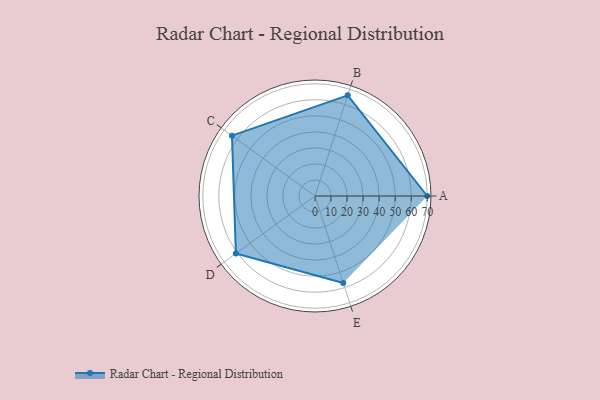
{"axis": {"x": "Skill", "y": "Score"}, "legend": ["Profile"], "data": [{"x": "A", "y": 70.0, "type": "Profile"}, {"x": "B", "y": 66.0, "type": "Profile"}, {"x": "C", "y": 64.0, "type": "Profile"}, {"x": "D", "y": 61.0, "type": "Profile"}, {"x": "E", "y": 57.0, "type": "Profile"}]}